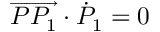
\overrightarrow { P P _ { 1 } } \cdot { \dot { P } } _ { 1 } = 0